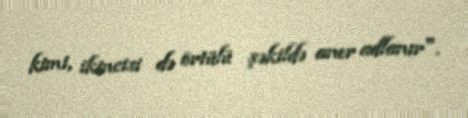
kimi, ikincisi də örtülü şəkildə aner adlanır".